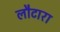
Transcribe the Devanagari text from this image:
लौटारा